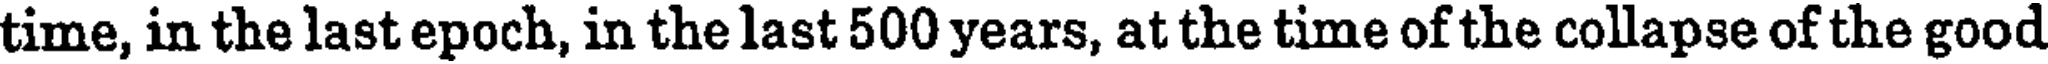
time, in the last epoch, in the last 500 years, at the time of the collapse of the good